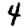
Digit: 4